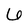
Character: 6